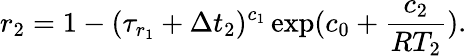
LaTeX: r_{2}=1-(\tau_{r_{1}}+\Delta t_{2})^{c_{1}}\exp(c_{0}+\frac{c_{2}}{RT_{2}}).